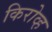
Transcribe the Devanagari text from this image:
किरोव्ह